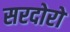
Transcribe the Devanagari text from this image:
सरदोरों